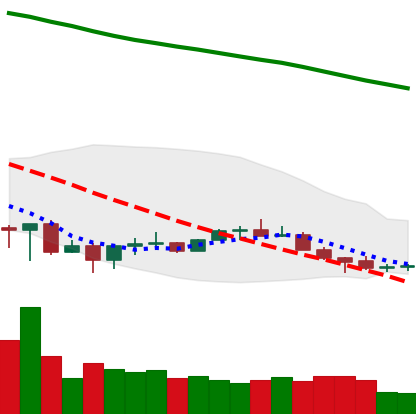
Ticker: NEO-USD
Chart end date: 2022-07-03
Forward return: 10.664%
Label: up_7plus